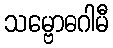
သမ္ဗောဓဂါမီ